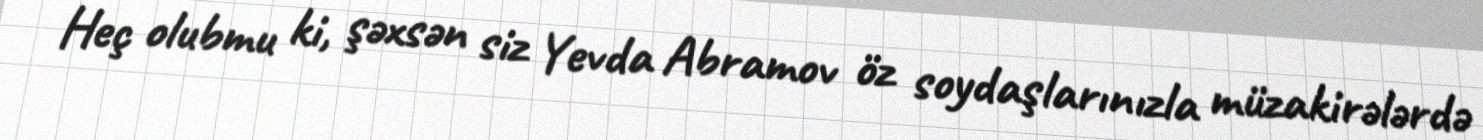
- Heç olubmu ki, şəxsən siz Yevda Abramov öz soydaşlarınızla müzakirələrdə